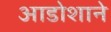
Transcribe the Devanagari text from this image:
आडोशाने